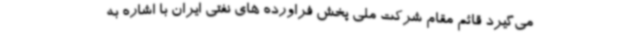
می‌گیرد قائم مقام شرکت ملی پخش فراورده های نفتی ایران با اشاره به